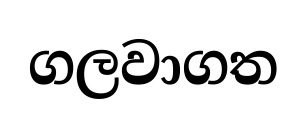
ගලවාගත